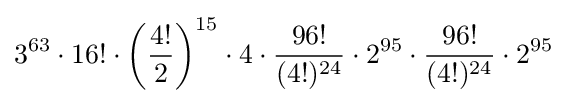
3^{63}\cdot 16!\cdot \left({\frac {4!}{2}}\right)^{15}\cdot 4\cdot {\frac {96!}{(4!)^{24}}}\cdot 2^{95}\cdot {\frac {96!}{(4!)^{24}}}\cdot 2^{95}